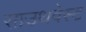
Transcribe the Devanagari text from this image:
साउथवेस्‍ट